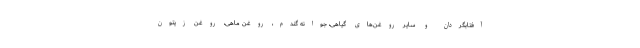
آفتابگردان و سایر روغن‌های گیاهی، جوانه گندم، روغن ماهی، روغن زیتون